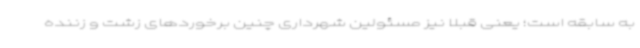
به سابقه است؛ یعنی قبلا نیز مسئولین شهرداری چنین برخوردهای زشت و زننده